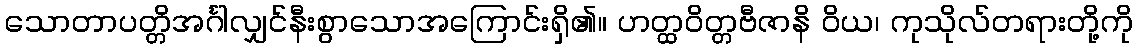
သောတာပတ္တိအင်္ဂါလျှင်နီးစွာသောအကြောင်းရှိ၏။ ဟတ္ထဝိတ္တဗီဇာနိ ဝိယ၊ ကုသိုလ်တရားတို့ကို